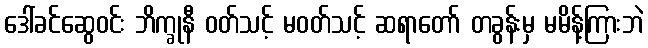
ဒေါ်ခင်ဆွေဝင်း ဘိက္ခုနီ ဝတ်သင့် မဝတ်သင့် ဆရာတော် တခွန်းမှ မမိန့်ကြားဘဲ